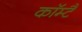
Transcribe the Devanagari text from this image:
कॉम्टै